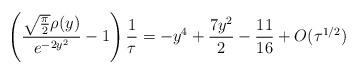
LaTeX: \begin{align*}\left(\frac{\sqrt{\frac{\pi}{2}}\rho(y)}{e^{-2y^{2}}}-1\right)\frac{1}{\tau}=-y^{4}+\frac{7y^{2}}{2}-\frac{11}{16}+O(\tau^{1/2})\end{align*}